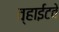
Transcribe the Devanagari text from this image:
व्हाईटवे